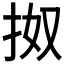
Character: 𢫓